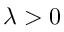
\lambda > 0